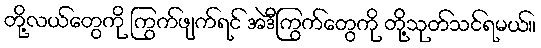
တို့လယ်တွေကို ကြွက်ဖျက်ရင် အဲဒီကြွက်တွေကို တို့သုတ်သင်ရမယ်။